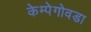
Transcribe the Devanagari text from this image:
केम्पेगोवडा